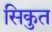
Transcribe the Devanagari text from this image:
सिकुत